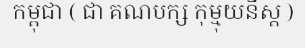
កម្ពុជា ( ជា គណបក្ស កុម្មុយនីស្ត )